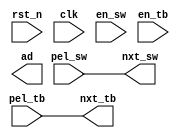
module pe_line
(
  input  wire                    rst_n,
  input  wire                    clk,
  input  wire                    en_sw,
  input  wire                    en_tb,
  input  wire [7:0]              pel_sw,
  input  wire [7:0]              pel_tb,
  output wire [7:0]              nxt_sw,
  output wire [7:0]              nxt_tb,
  output wire [ARRAY_SIZE*8-1:0] ad
);

parameter ARRAY_SIZE = 0;

wire [7:0] tmp_sw [0:ARRAY_SIZE];
wire [7:0] tmp_tb [0:ARRAY_SIZE];
wire [7:0] w_ad [0:ARRAY_SIZE-1];

assign tmp_sw[0] = pel_sw;
assign tmp_tb[0] = pel_tb;
assign nxt_sw    = tmp_sw[ARRAY_SIZE];
assign nxt_tb    = tmp_tb[ARRAY_SIZE];

genvar i;
generate
for(i=0; i<ARRAY_SIZE; i=i+1) begin :PE_LINE
  pe _pe
  (
    .rst_n  ( rst_n       ),
    .clk    ( clk         ),
    .en_sw  ( en_sw       ),
    .en_tb  ( en_tb       ),
    .pel_sw ( tmp_sw[i]   ),
    .pel_tb ( tmp_tb[i]   ),
    .nxt_sw ( tmp_sw[i+1] ),
    .nxt_tb ( tmp_tb[i+1] ),
    .ad     ( w_ad[i]     )
  );
end
endgenerate

// pack AD
generate
for (i=0; i<ARRAY_SIZE; i=i+1) begin: PACK
  assign ad[i*8+:8] = w_ad[i];
end
endgenerate

endmodule